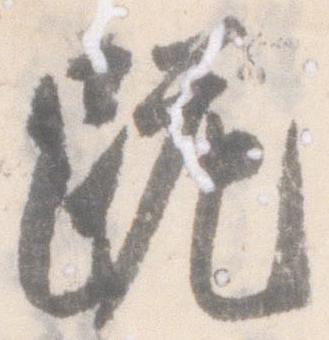
跪